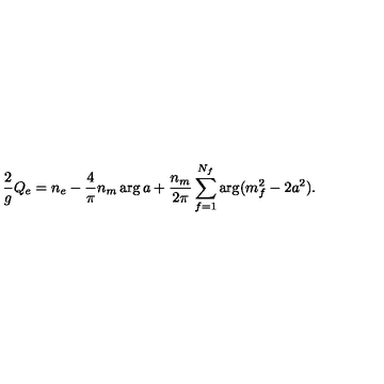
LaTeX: { \frac { 2 } { g } } Q _ { e } = n _ { e } - { \frac { 4 } { \pi } } n _ { m } \arg a + { \frac { n _ { m } } { 2 \pi } } \sum _ { f = 1 } ^ { N _ { f } } \arg ( m _ { f } ^ { 2 } - 2 a ^ { 2 } ) .